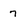
Character: 7